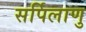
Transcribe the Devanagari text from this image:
सर्पिलाणु